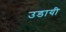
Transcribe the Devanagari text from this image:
उडायी